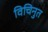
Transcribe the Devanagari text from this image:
विचिनुत